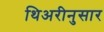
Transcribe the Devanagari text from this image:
थिअरीनुसार